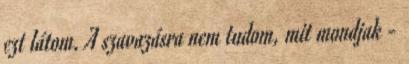
ezt látom. A szavazásra nem tudom, mit mondjak -